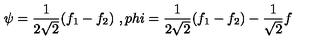
\psi = \frac { 1 } { 2 \sqrt { 2 } } ( f _ { 1 } - f _ { 2 } ) \ , p h i = \frac { 1 } { 2 \sqrt { 2 } } ( f _ { 1 } - f _ { 2 } ) - \frac { 1 } { \sqrt { 2 } } f